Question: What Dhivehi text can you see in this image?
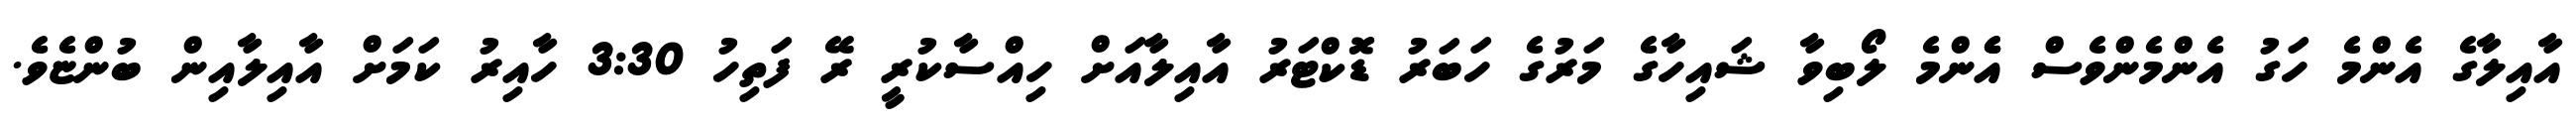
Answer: އާއިލާގެ އެންމެ ހަގު އެންމެންވެސް އެެންމެ ލޯބިވާ ޝައިހާގެ މަރުގެ ހަބަރު ޑޮކްޓަރު އާއިލާއަށް ހިއްސާކުރީ ރޭ ފަތިހު 3:30 ހާއިރު ކަމަށް އާއިލާއިން ބުންޏެވެ.